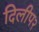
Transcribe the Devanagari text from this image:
दिलीप२